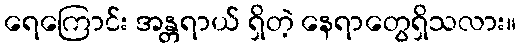
ရေကြောင်း အန္တရာယ် ရှိတဲ့ နေရာတွေရှိသလား။